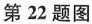
第22题图